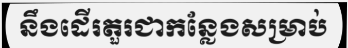
នឹងដើរតួរជាកន្លែងសម្រាប់